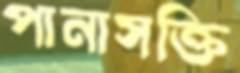
পানাসক্তি